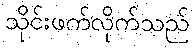
သိုင်းဖက်လိုက်သည်